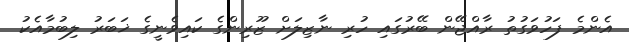
އެންމެ ފަހުވަގުތު ރާއްޖޭން ބޭރުގައި ހުރި ނާޒިލަށް ޒޫރިންގެ ކައިވެނީގެ ޚަބަރު ލިބުމާއެކު